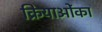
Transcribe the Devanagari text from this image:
क्रियाओंका